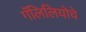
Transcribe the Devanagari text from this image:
गॅलिलियोचे